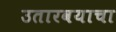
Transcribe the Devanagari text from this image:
उतारवयाचा